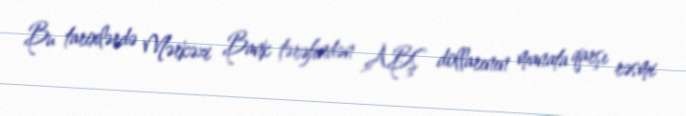
Bu tarixlərdə Mərkəzi Bank tərəfindən ABŞ dollarının manata qarşı rəsmi